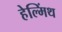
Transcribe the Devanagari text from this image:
हेल्मिंथ